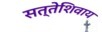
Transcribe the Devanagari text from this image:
सत्तेशिवाय